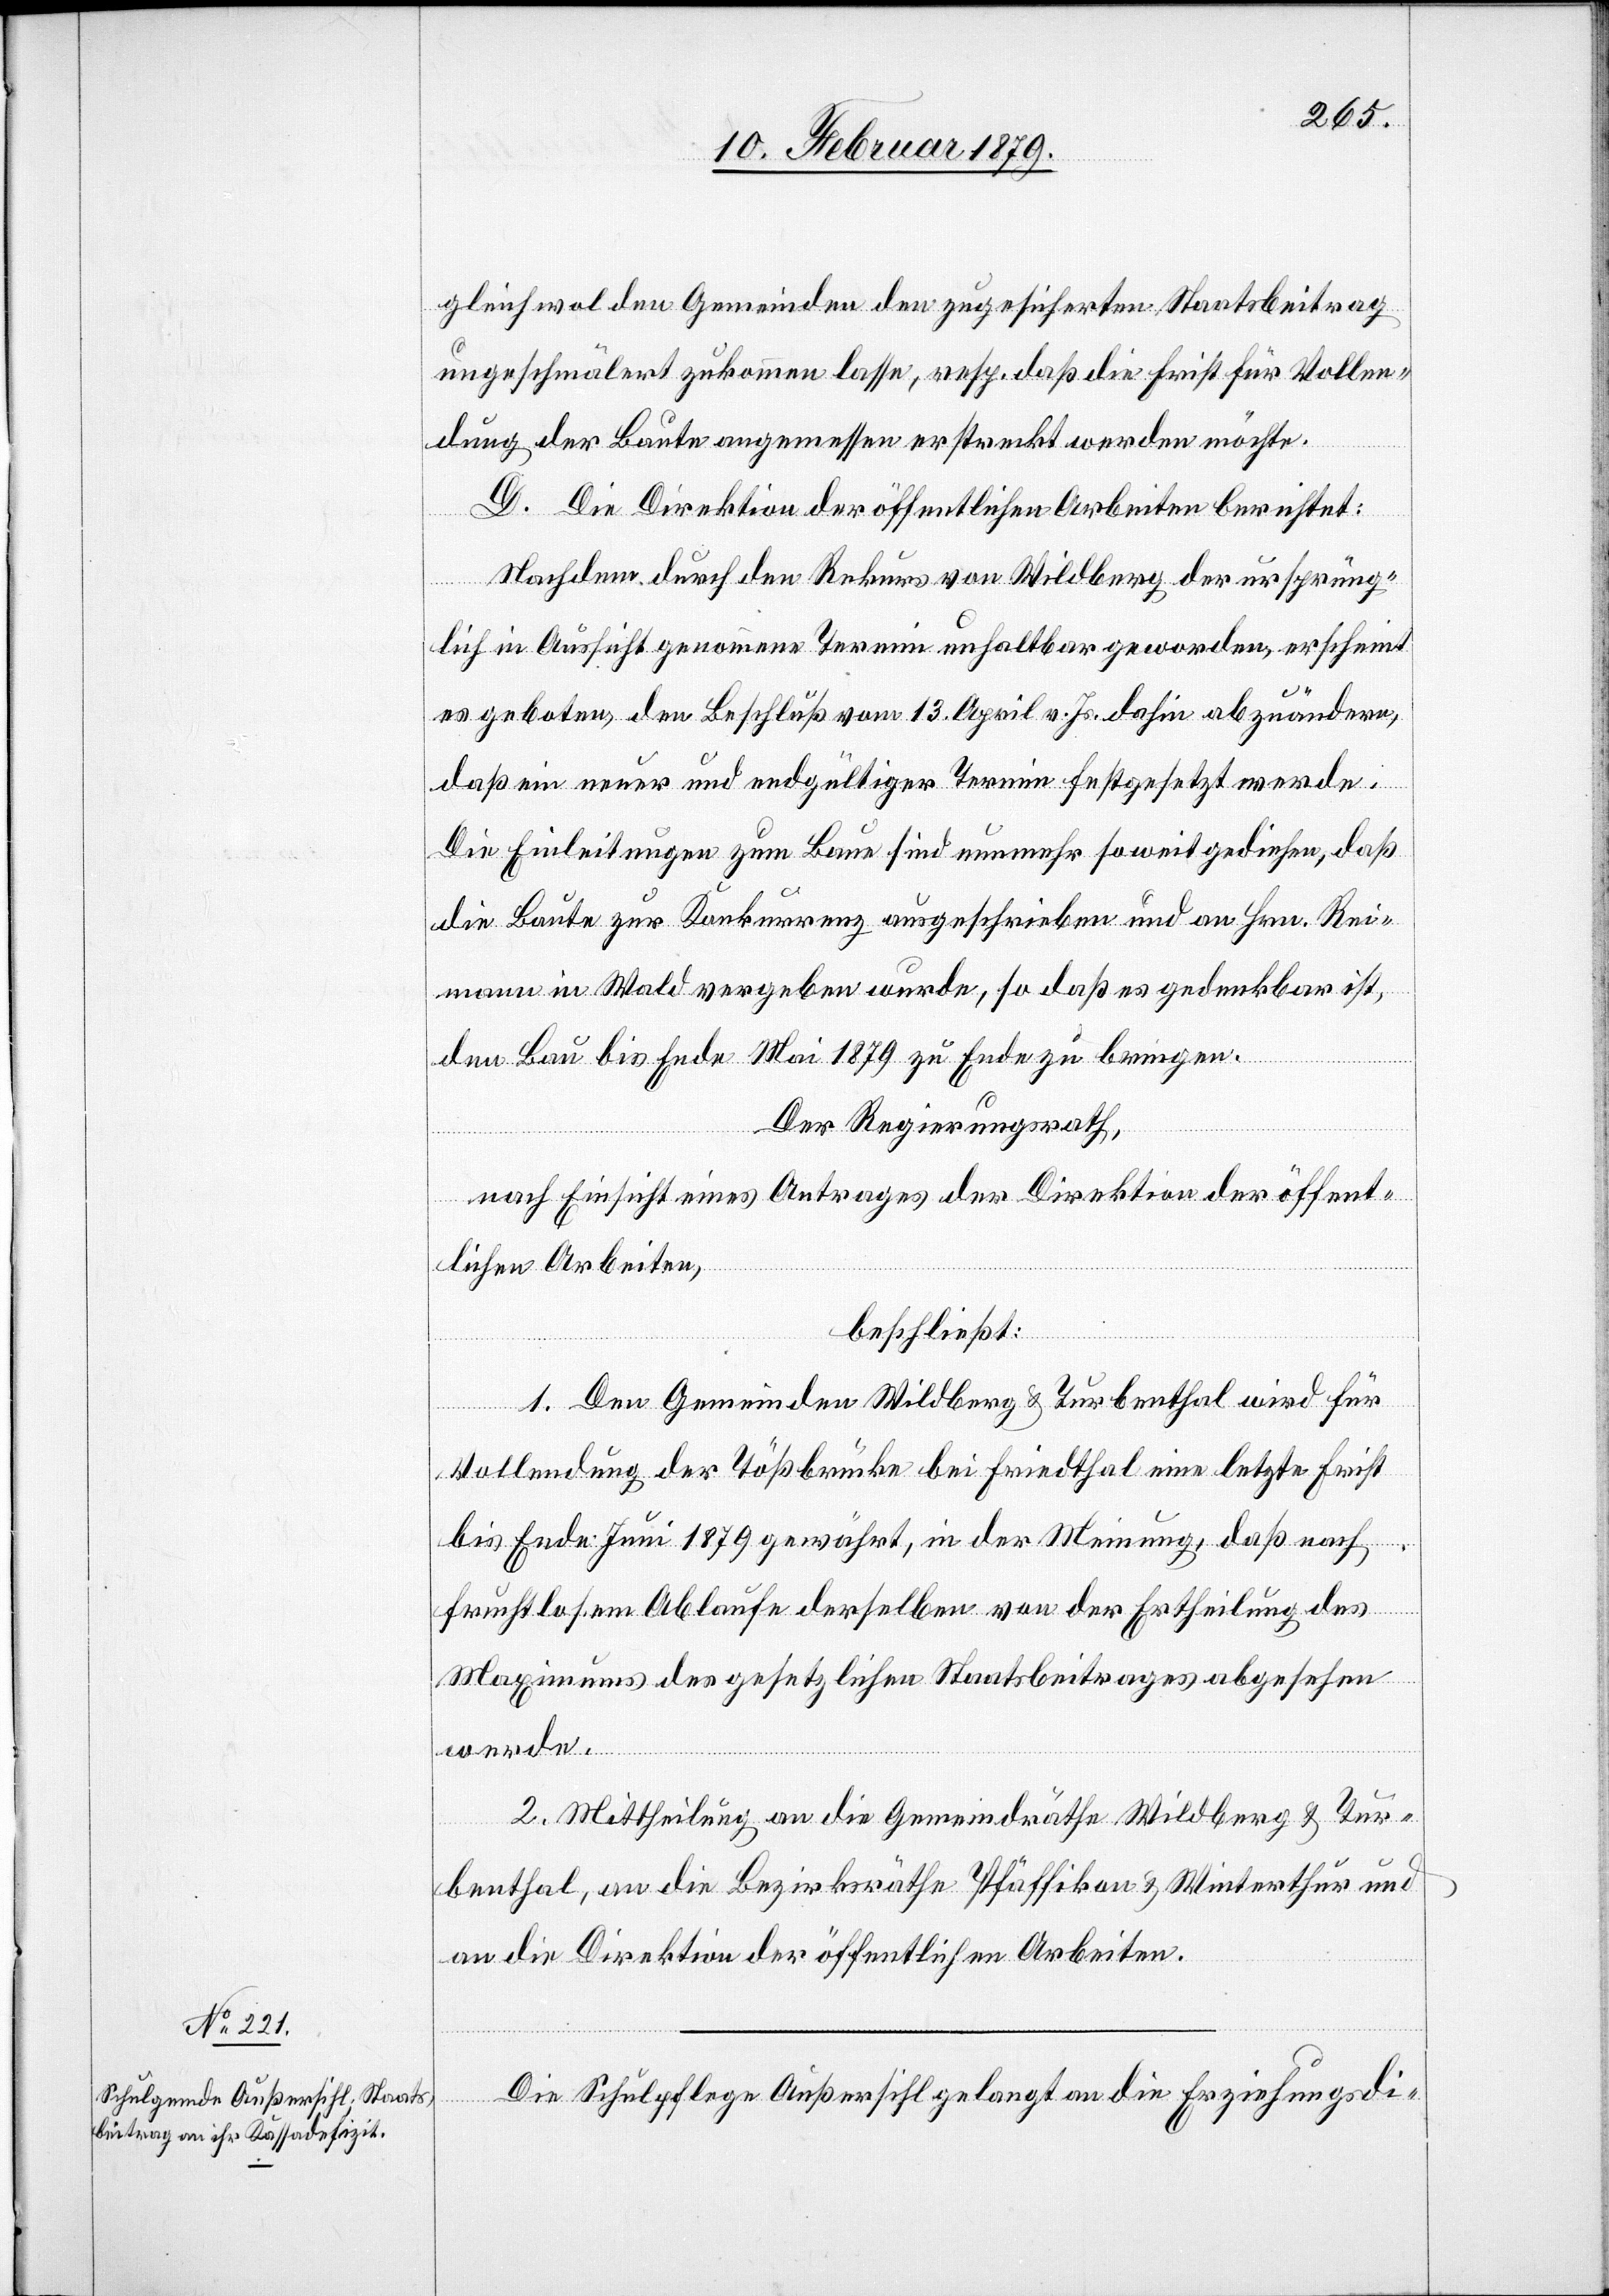
gleichwol den Gemeinden den zugesicherten Staatsbeitrag
ungeschmälert zukommen lasse, resp. daß die Frist für Vollen¬
dung der Baute angemessen erstreckt werden möchte.
D. Die Direktion der öffentlichen Arbeiten berichtet:
Nachdem durch den Rekurs von Wildberg der ursprüng¬
lich in Aussicht genommene Termin unhaltbar geworden, erscheint
es geboten, den Beschluß vom 13. April v. Js. dahin abzuändern,
daß ein neuer und endgültiger Termin festgesetzt werde.
Die Einleitungen zum Baue sind nunmehr so weit gediehen, daß
die Baute zur Konkurrenz ausgeschrieben und an Hrn. Rei¬
mann in Wald vergeben wurde, so daß es gedenkbar ist,
den Bau bis Ende Mai 1879 zu Ende zu bringen.
Der Regierungsrath,
nach Einsicht eines Antrages der Direktion der öffent¬
lichen Arbeiten,
beschließt:
1. Den Gemeinden Wildberg & Turbenthal wird für
Vollendung der Tößbrücke bei Friedthal eine letzte Frist
bis Ende Juni 1879 gewährt, in der Meinung, daß nach
fruchtlosem Ablaufe derselben von der Ertheilung des
Maximums des gesetzlichen Staatsbeitrages abgesehen
werde.
2. Mittheilung an die Gemeindräthe Wildberg & Tur¬
benthal, an die Bezirksräthe Pfäffikon & Winterthur und
an die Direktion der öffentlichen Arbeiten.
Die Schulpflege Außersihl gelangt an die Erziehungsdi-